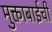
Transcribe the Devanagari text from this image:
मुक्ताबाईची